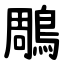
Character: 鵰